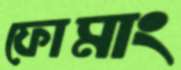
ফোমাং